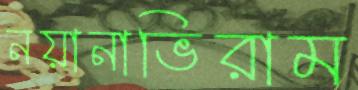
নয়ানাভিরাম